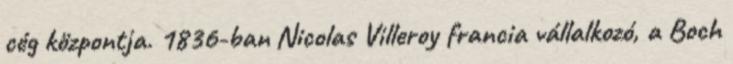
cég központja. 1836-ban Nicolas Villeroy francia vállalkozó, a Boch